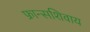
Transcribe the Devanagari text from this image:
फ्रान्सशिवाय